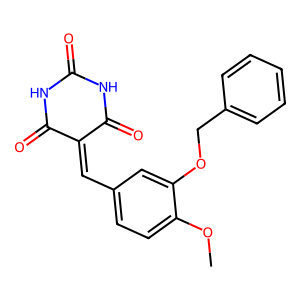
SMILES: COc1ccc(C=C2C(=O)NC(=O)NC2=O)cc1OCc1ccccc1
Inhibits HIV replication: No